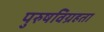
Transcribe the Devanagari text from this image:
पुरुषविग्रहता